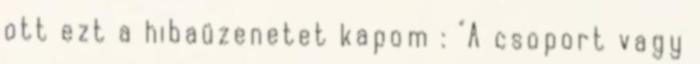
ott ezt a hibaüzenetet kapom : "A csoport vagy